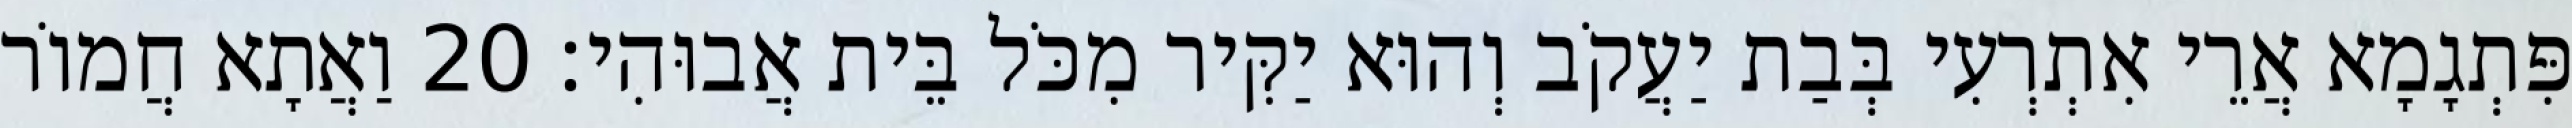
פִּתְגָמָא אֲרֵי אִתְרְעִי בְּבַת יַעֲקֹב וְהוּא יַקִּיר מִכֹּל בֵּית אֲבוּהִי׃ 20 וַאֲתָא חֲמוֹר